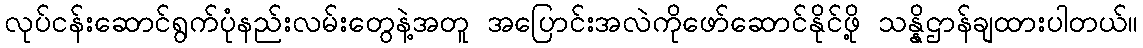
လုပ်ငန်းဆောင်ရွက်ပုံနည်းလမ်းတွေနဲ့အတူ အပြောင်းအလဲကိုဖော်ဆောင်နိုင်ဖို့ သန္နိဌာန်ချထားပါတယ်။